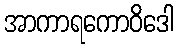
အာကာရကောဝိဒေါ